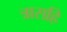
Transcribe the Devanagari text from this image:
त्रासहि